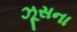
ઝૂસના